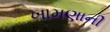
ખામણાની